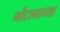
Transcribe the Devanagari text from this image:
मोंटानाच्या